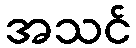
အသင်